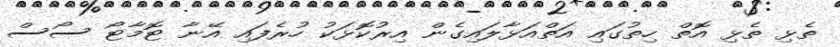
ތެޅި ތެޅި އޮތް ހިތުގައި އަތްއަޅާލައިގެން އިރުކޮޅަކު ހުރެފައި އޭނާ ޓޮމާޓޯ ސޯސް